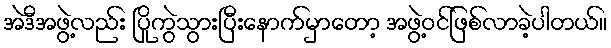
အဲဒီအဖွဲ့လည်း ပြိုကွဲသွားပြီးနောက်မှာတော့ အဖွဲ့ဝင်ဖြစ်လာခဲ့ပါတယ်။